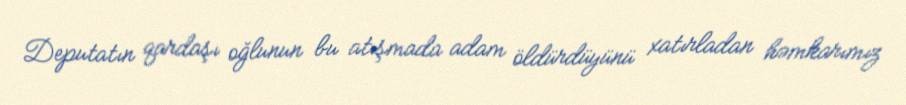
Deputatın qardaşı oğlunun bu atışmada adam öldürdüyünü xatırladan həmkarımız